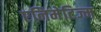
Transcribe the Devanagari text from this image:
एनिमेटिज्म